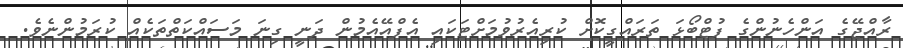
ރާއްޖޭގެ އަންހެނުންގެ ފުޓްބޯޅަ ތަރައްގީކޮށް ކުރިއެރުވުމަށްޓަކައި އެފްއޭއެމުން ދަނީ ގިނަ މަސައްކަތްތަކެއް ކުރަމުންނެވެ.